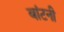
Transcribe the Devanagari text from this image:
बांटनी